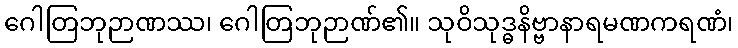
ဂေါတြဘုဉာဏဿ၊ ဂေါတြဘုဉာဏ်၏။ သုဝိသုဒ္ဓနိဗ္ဗာနာရမဏကရဏံ၊